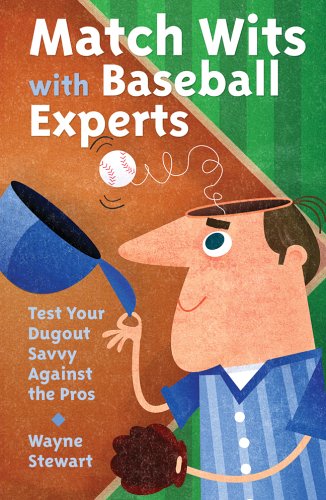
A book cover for Match Wits with Baseball Experts: Test Your Dugout Savvy Against the Pros; Wayne Stewart; Teen & Young Adult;